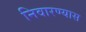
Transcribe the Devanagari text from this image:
निवारण्यास